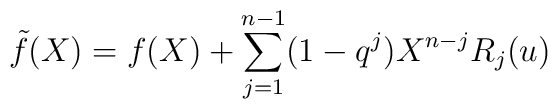
\tilde f(X) = f(X) + \sum_{j=1}^{n-1} (1-q^j)X^{n-j} R_j(u)